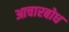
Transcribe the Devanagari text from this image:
आचारबोध